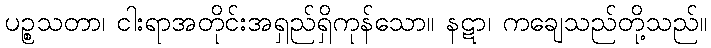
ပဉ္စသတာ၊ ငါးရာအတိုင်းအရှည်ရှိကုန်သော။ နဋာ၊ ကချေသည်တို့သည်။